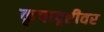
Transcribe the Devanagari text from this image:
कृपादृष्टीवर